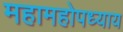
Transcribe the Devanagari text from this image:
महामहोपध्याय